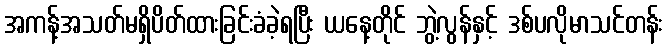
အကန့်အသတ်မရှိပိတ်ထားခြင်းခံခဲ့ရပြီး ယနေ့တိုင် ဘွဲ့လွန်နှင့် ဒစ်ပလိုမာသင်တန်း